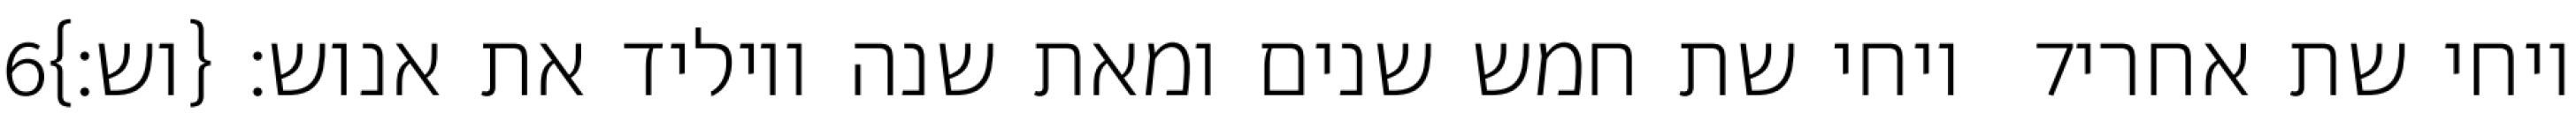
‎6‏ ויחי שת חמש שנים ומאת שנה ויוליד את אנוש׃ {וש׃} ‎7‏ ויחי שת אחרי